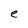
Character: e